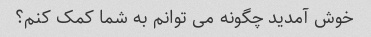
خوش آمدید چگونه می توانم به شما کمک کنم؟